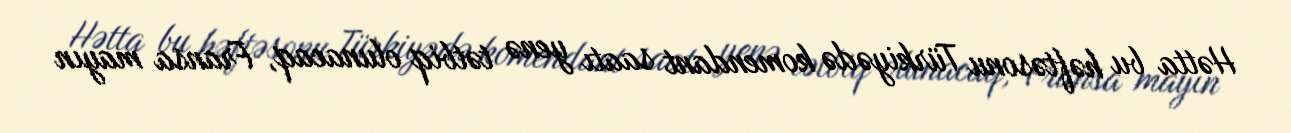
Hətta bu həftəsonu Türkiyədə komendant saatı yenə tətbiq olunacaq, Fransa mayın